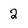
Character: 2